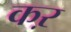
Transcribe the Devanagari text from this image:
कऱ